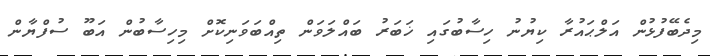
މިދެބޭފުޅުން އަލްޙައުރާ ކިޔުނު ހިސާބުގައި ޚަބަރު ބައްލަވަން ތިއްބަވަނިކޮށް މިހިސާބުން އަބޫ ސުފްޔާން